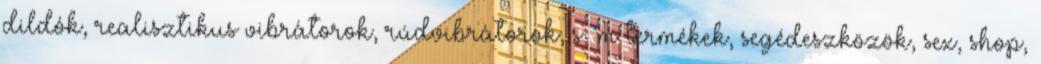
dildók, realisztikus vibrátorok, rúdvibrátorok, s m termékek, segédeszközök, sex, shop,